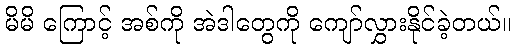
မိမိ ကြောင့် အစ်ကို အဲဒါတွေကို ကျော်လွှားနိုင်ခဲ့တယ်။